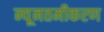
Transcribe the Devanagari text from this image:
न्यूनतमीकरण